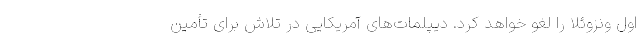
اول ونزوئلا را لغو خواهد کرد. دیپلمات‌های آمریکایی در تلاش برای تأمین